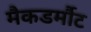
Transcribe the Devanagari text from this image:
मैकडर्मौट